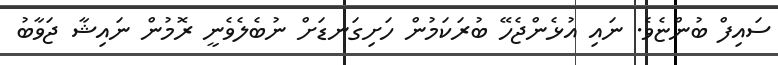
ސައިފް ބުންޏެވެ. ނައި އުޅެންޖެހޭ ބުރަކަމުން ހަށިގަނޑަށް ނުބެލެވެނީ ރޮމުން ނައިޝާ ޖަވާބު